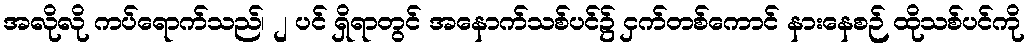
အလိုလို ကပ်ရောက်သည်၊ ၂ ပင် ရှိရာတွင် အနောက်သစ်ပင်၌ ငှက်တစ်ကောင် နားနေစဉ် ထိုသစ်ပင်ကို